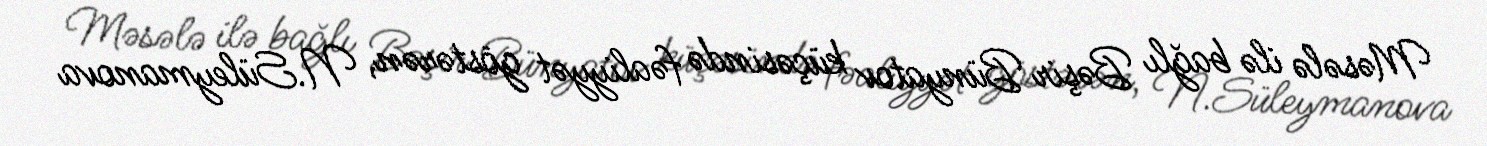
Məsələ ilə bağlı Bəşir Bünyatov küçəsində fəaliyyət göstərən, N.Süleymanova